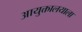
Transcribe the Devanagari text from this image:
आयुक्तालयाला